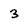
Character: 3